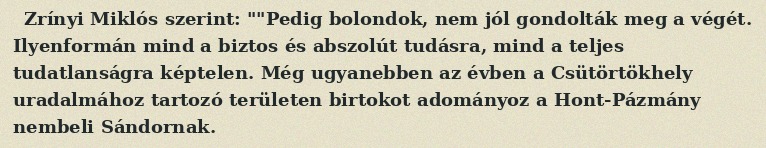
Zrínyi Miklós szerint: ""Pedig bolondok, nem jól gondolták meg a végét. Ilyenformán mind a biztos és abszolút tudásra, mind a teljes tudatlanságra képtelen. Még ugyanebben az évben a Csütörtökhely uradalmához tartozó területen birtokot adományoz a Hont-Pázmány nembeli Sándornak.